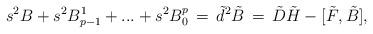
LaTeX: \begin{align*}s^2B +s^2 B_{p-1}^1+ ... + s^2 B^p_0 \, = \, \tilde d ^2 \tilde B \, = \,\tilde D \tilde H - [\tilde F , \tilde B ] ,\end{align*}